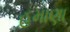
હમાણા